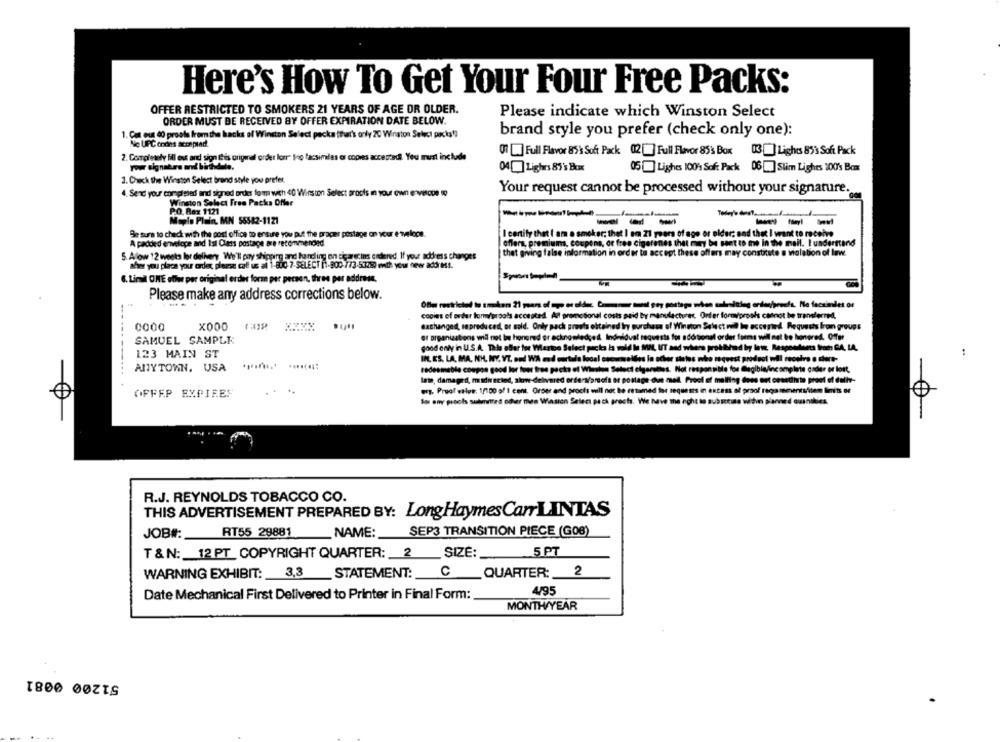
Here's How To Get Your Four Free Packs:
OFFER RESTRICTED TO SMOKERS 21 YEARS OF AGE OR OLDER.
Please indicate which Winston Select
ORDER MUST BE RECEIVED BY OFFER EXPIRATION DATE BELOW.
1. Cat eut 40 proals from the hacks of Winston Select packa tthat's only 20 Winston Select packs !!
brand style you prefer (check only one):
No UPC ondins acceptad
2. Completely Fil est and sign Its original order lonr" Ino facsimiles or copies accepted. You must include
01 Full Flavor 85% Soft Pack 02 Full Flavor 85's Box 13] Lights 833 Soft Pack
your signature med birdsdate.
04[] Lighrs 85's Box
05Lighes 100% Soft Pack 06 [] Slim Lighes 100's Bom
2. Check the Winston Select brand style you prefer.
4. Send your completed and signed order form with 40 Winston Select procis in your own envelope to
Your request cannot be processed without your signature.
Winston Select Free Packs Offer
PO. Box 1121
Maple Plain, MN 55582-1121
--
-
Be sure to check with the post office to ensure you put the pracer postage on your e veloce.
I certify that I am a smoker; that I am 21 years of age or older; and that I want to receive
A padded envelope and Ist Class postage are recommended
oflera, premiums, coupons, or free cigarenes that may be sent to awe In the mail. Iunderstand
that giving false information in order to accept these offers may constitute a violation of Iwww.
5. Alow 12 weeks lor delhery We'll pay shipping and handling on cigarecins ordered. If your address changes
ahier you placa your order, please call us al 1-800-7-SELECT In1-800 /73-53280) with your new address.
6. Limil ONE offer per original erder form per person, three per address.
Please make any address corrections below.
copies of order tomeroals accepted. All promotional costs said by manufacturer Order form/proofs cannot be transferred,
0000
X000
exchanged, seprodu ced, or sold. Only pack preuts obtained try purchase of Winston Select nil In accepted. Requests Iron groups
SAMUEL SAMPLE
er organizations will not In honored er acknowledged. Indnildual requests for adortional order forms wil not be honored. Offer
good only in U.S.A. Thela offer for Marte Select packs is sold In MI, UT and whers prokbhad by Inte Respondents from GA, LA,
123 MAIN ST
IN. ES. LA, MA, NHL. NY. VT. on! WA end curtala local sucursaldes la acher states who request product will receive . there-
-------..
ANYTOWN, USA
redesmeble coupon good lor toer tree pocks of Winston Select cigarettes. Not responsible for legible/incomplete asder or lort,
lame, damaged, madirected, show-delivered orders/proofs or postage-due mell Proof of melting does not cesettivte proof of dalle-
OFPEP EXPIRES
og. Proof value: 1/100 o/ 1 cent. Order and procis will not be retamed for requests in excess of proof rega menenttitan limits or
Bas eny procis submitted other men Winston Select pack groots. We have the night to subireuse within planned ousnikies.
R.J. REYNOLDS TOBACCO CO.
THIS ADVERTISEMENT PREPARED BY: LongHaymesCarLINTAS
RT55 29881
NAME:
SEP3 TRANSITION PIECE (G0B)
JOB# :_
T & N: 12 PT COPYRIGHT QUARTER: 2 SIZE:
5 PT
WARNING EXHIBIT: 3,3 STATEMENT: C QUARTER: 2
4/95
Date Mechanical First Delivered to Printer in Final Form:
MONTH/YEAR